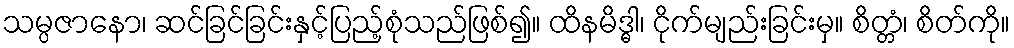
သမ္ပဇာနော၊ ဆင်ခြင်ခြင်းနှင့်ပြည့်စုံသည်ဖြစ်၍။ ထိနမိဒ္ဓါ၊ ငိုက်မျည်းခြင်းမှ။ စိတ္တံ၊ စိတ်ကို။